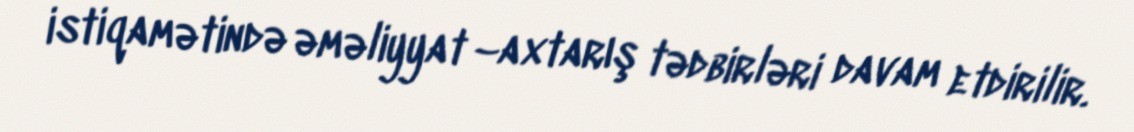
istiqamətində əməliyyat –axtarış tədbirləri davam etdirilir.